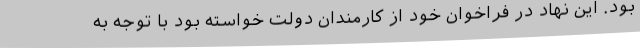
بود. این نهاد در فراخوان خود از کارمندان دولت خواسته بود با توجه به